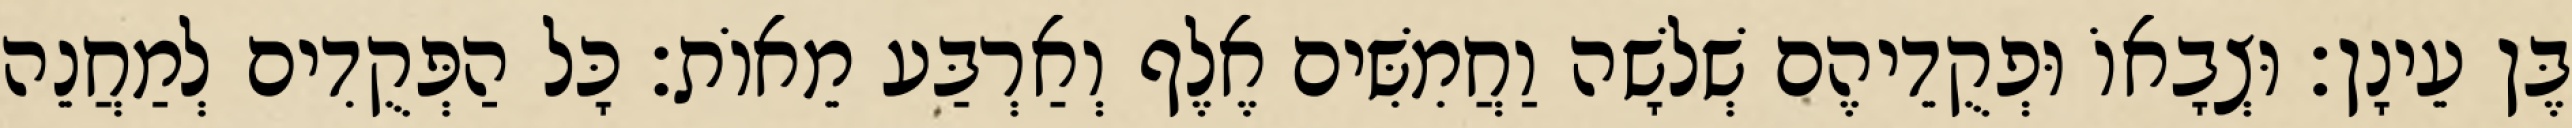
בֶּן עֵינָן׃ וּצְבָאוֹ וּפְקֻדֵיהֶם שְׁלשָׁה וַחֲמִשִּׁים אֶלֶף וְאַרְבַּע מֵאוֹת׃ כָּל הַפְּקֻדִים לְמַחֲנֵה